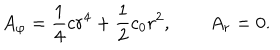
LaTeX: A _ { \varphi } = \frac 1 4 c r ^ { 4 } + \frac 1 2 c _ { 0 } r ^ { 2 } , \qquad A _ { r } = 0 .